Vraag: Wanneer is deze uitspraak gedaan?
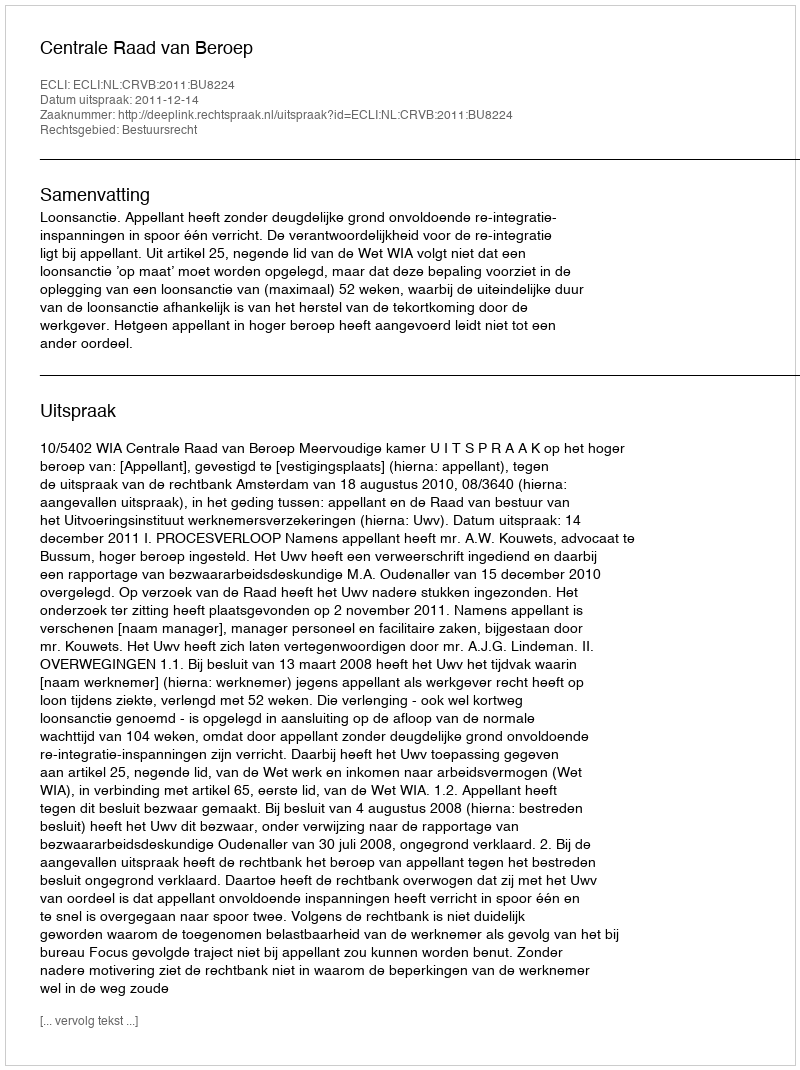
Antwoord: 2011-12-14